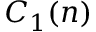
C _ { 1 } ( n )